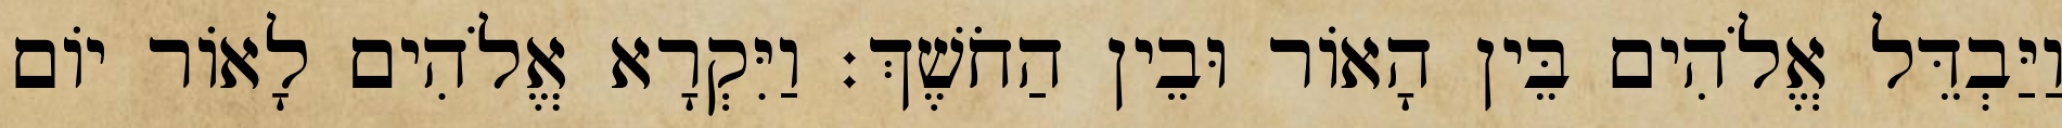
וַיַּבְדֵּל אֱלֹהִים בֵּין הָאֹור וּבֵין הַחֹשֶׁךְ׃ וַיִּקְרָא אֱלֹהִים לָאֹור יֹום